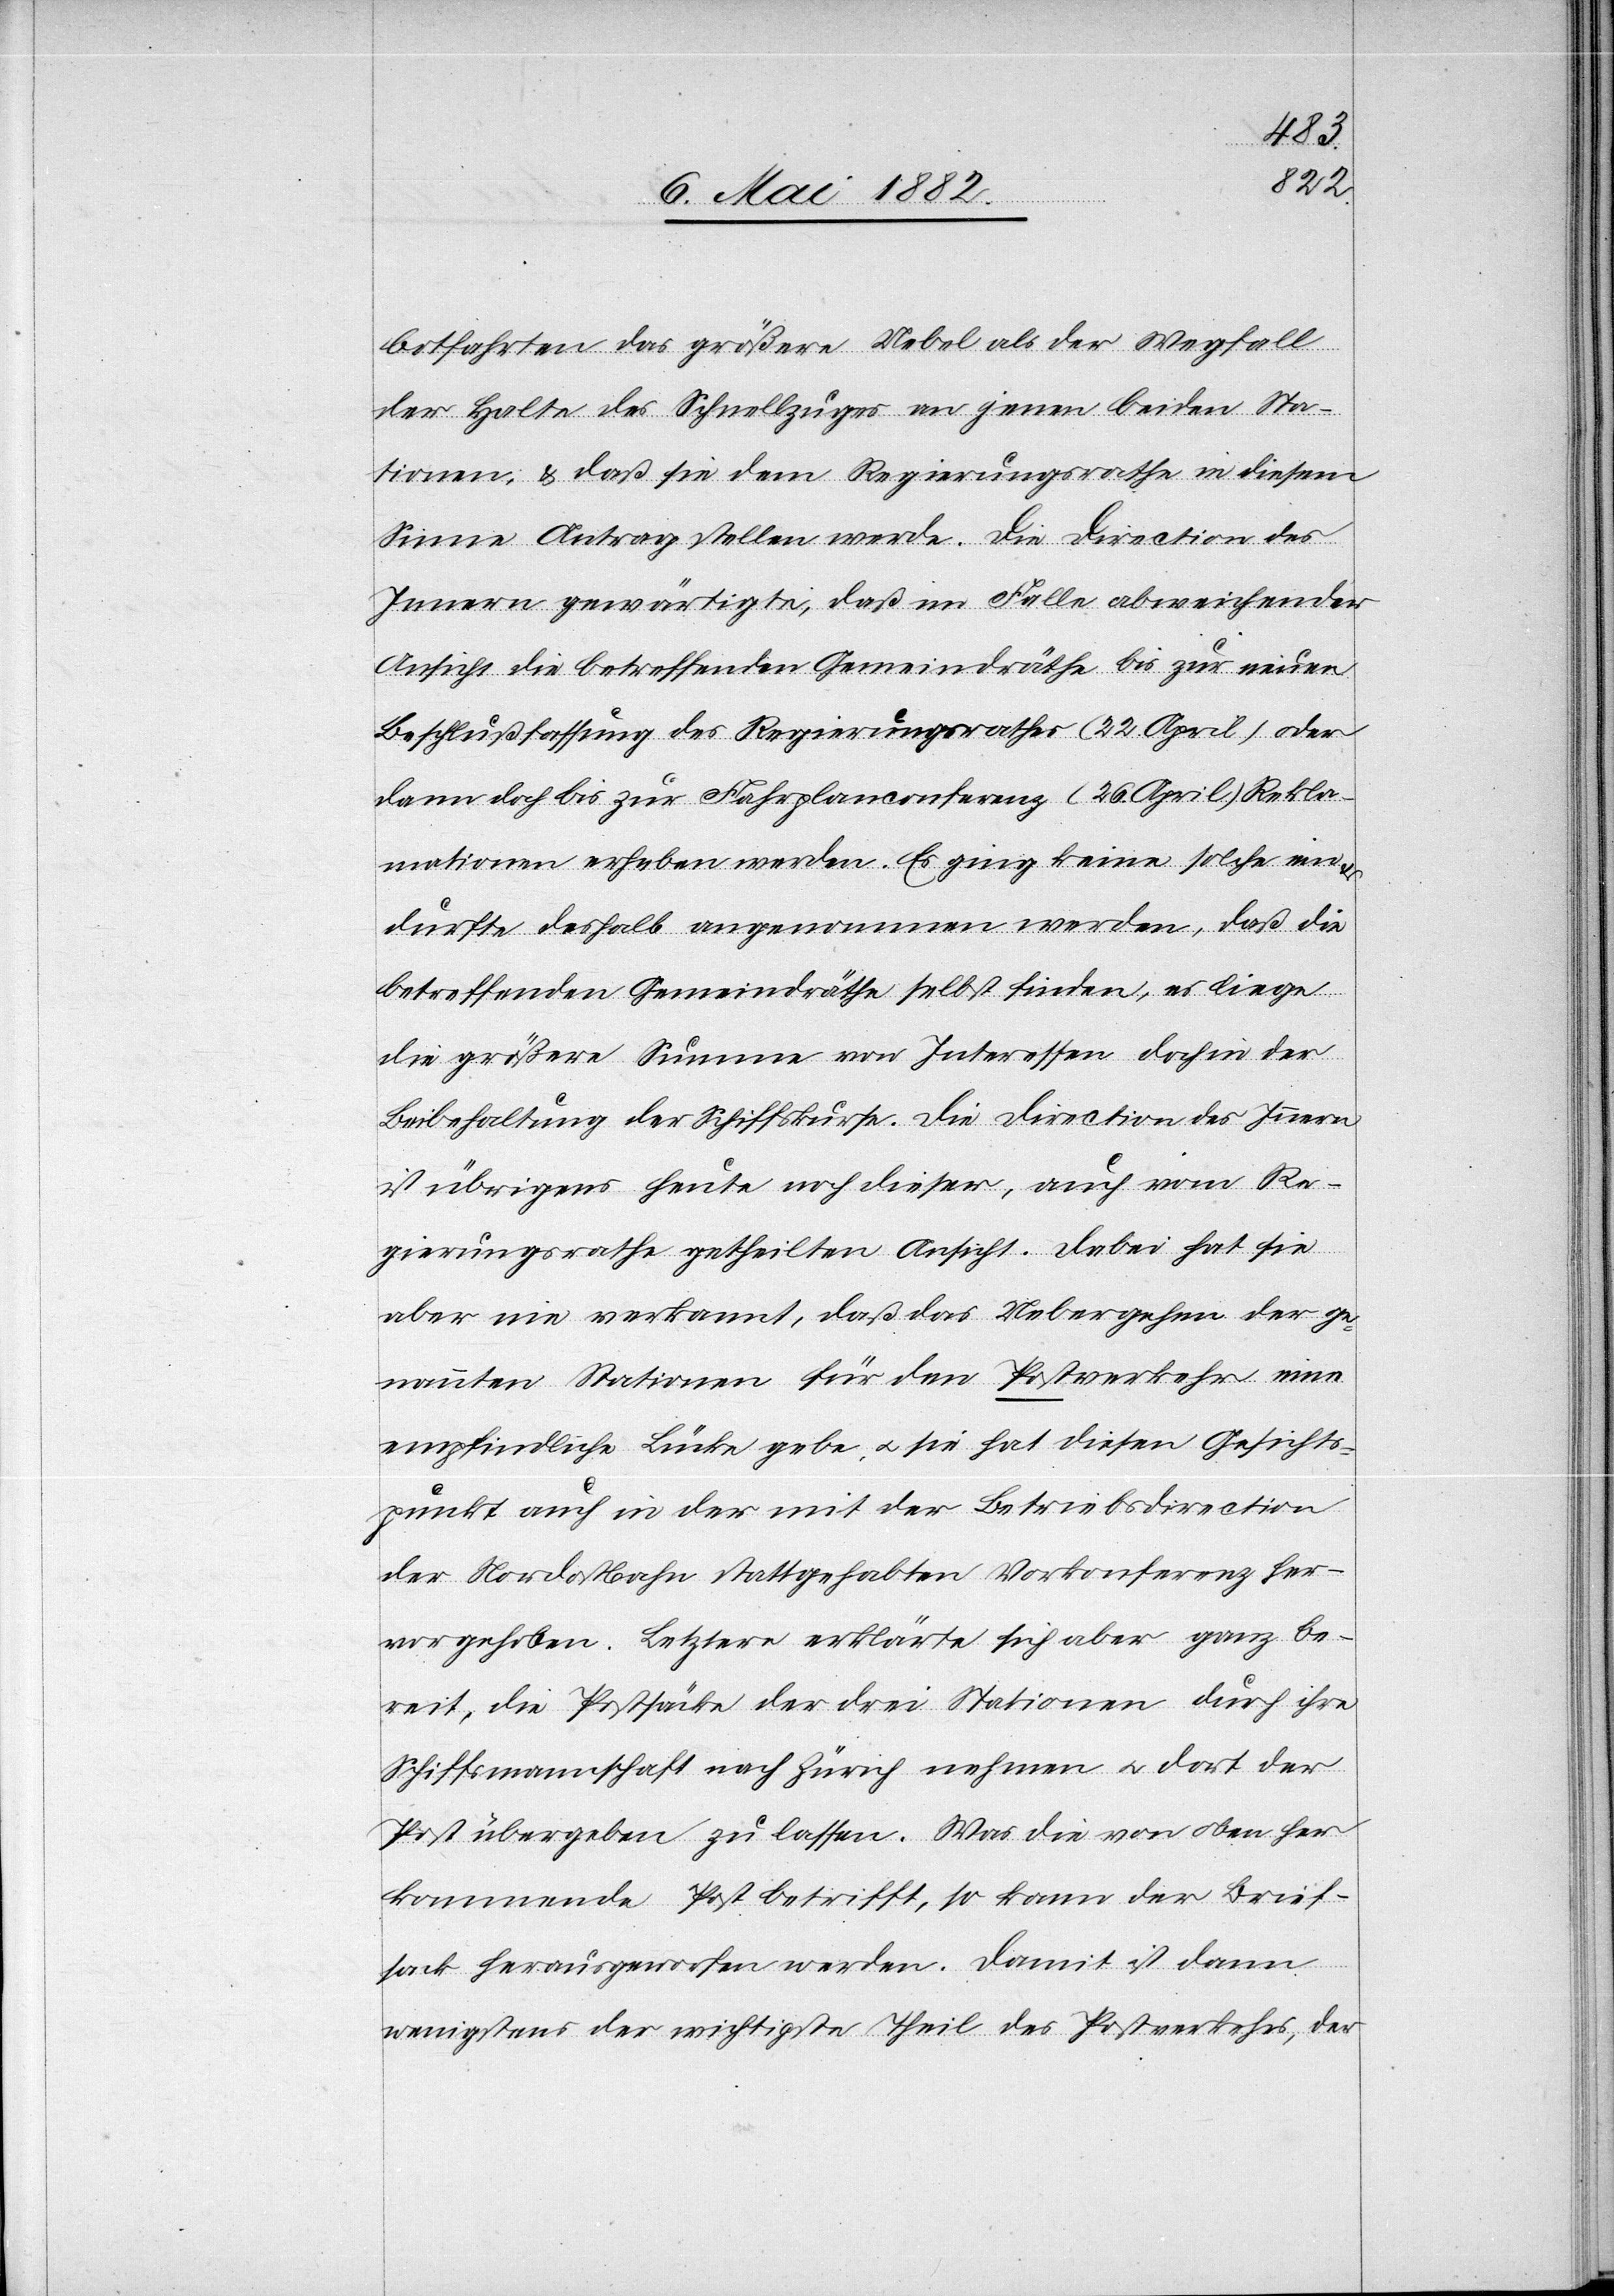
bo[o]tfahrten das größere Uebel als der Wegfall
der Halte des Schnellzuges an jenen beiden Sta¬
tionen, & daß sie dem Regierungsrathe in diesem
Sinne Antrag stellen werde. Die Direction des
Innern gewärtigte, daß im Falle abweichender
Ansicht die betreffenden Gemeindräthe bis zur neuen
Beschlußfassung des Regierungsrathes (22. April) oder
dann doch bis zur Fahrplanconferenz (26. April) Rekla¬
mationen erheben werden. Es ging keine solche ein
durfte deshalb angenommen werden, daß die
betreffenden Gemeindräthe selbst finden, es liege
die größere Summe von Interessen doch in der
Beibehaltung der Schiffskurse. Die Direction des Innern
ist übrigens heute noch dieser, auch vom Re¬
gierungsrathe getheilten Ansicht. Dabei hat sie
aber nie verkannt, daß das Uebergehen der ge¬
nannten Stationen für den Postverkehr eine
empfindliche Lücke gebe, u. sie hat diesen Gesichts¬
punkt auch in der mit der Betriebsdirection
der Nordostbahn stattgehabten Vorkonferenz her¬
vorgehoben. Letztere erklärte sich aber ganz be¬
reit, die Postsäcke der drei Stationen durch ihre
Schiffsmannschaft nach Zürich nehmen u. dort der
Post übergeben zu lassen. Was die von oben her
kommende Post betrifft, so kann der Brief¬
sack herausgeworfen werden. Damit ist dann
wenigstens der wichtigste Theil des Postverkehrs, der